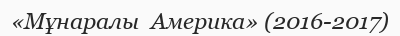
«Мұнаралы  Америка» (2016-2017)